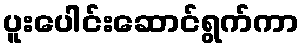
ပူးပေါင်းဆောင်ရွက်ကာ